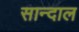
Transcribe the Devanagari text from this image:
सान्दाल